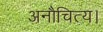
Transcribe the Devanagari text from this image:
अनौचित्य।